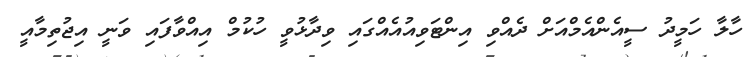
ހާލާ ހަމީދު ސީއެންއެމްއަށް ދެއްވި އިންޓަވިއުއެއްގައި ވިދާޅުވީ ހުކުމް އިއްވާފައި ވަނީ އިޖުތިމާއީ